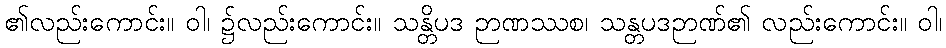
၏လည်းကောင်း။ ဝါ၊ ၌လည်းကောင်း။ သန္တိပဒ ဉာဏဿစ၊ သန္တပဒဉာဏ်၏ လည်းကောင်း။ ဝါ၊